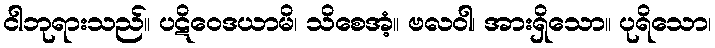
ငါဘုရားသည်။ ပဋိဝေဒယာမိ၊ သိစေအံ့။ ဗလဝါ၊ အားရှိသော။ ပုရိသော၊